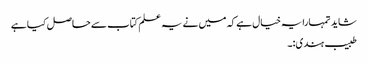
شاید تمہارا یہ خیال ہے کہ میں نے یہ علم کتاب سے حاصل کیا ہے
طبیب ہندی:۔